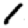
Digit: 1